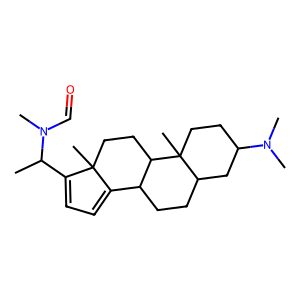
SMILES: CC(C1=CC=C2C3CCC4CC(N(C)C)CCC4(C)C3CCC21C)N(C)C=O
Inhibits HIV replication: No